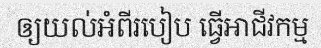
ឲ្យយល់អំពីរបៀប ធ្វើអាជីវកម្ម